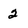
Character: 2